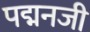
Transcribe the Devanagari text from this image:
पद्मनजी